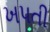
ખપતી